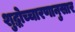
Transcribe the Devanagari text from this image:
शुद्धोच्चारणानुसार